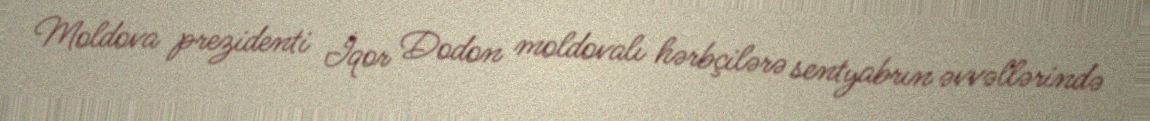
Moldova prezidenti İqor Dodon moldovalı hərbçilərə sentyabrın əvvəllərində